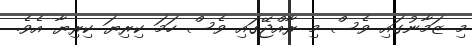
މި ޒަމާނުގައި ވެސް މި ރާއްޖޭގައި ވެސް ހަމަ ކިރިޔަ ކިރިޔާ އެވެ.